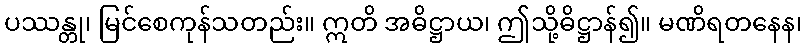
ပဿန္တု၊ မြင်စေကုန်သတည်း။ ဣတိ အဓိဋ္ဌာယ၊ ဤသို့ဓိဋ္ဌာန်၍။ မဏိရတနေန၊